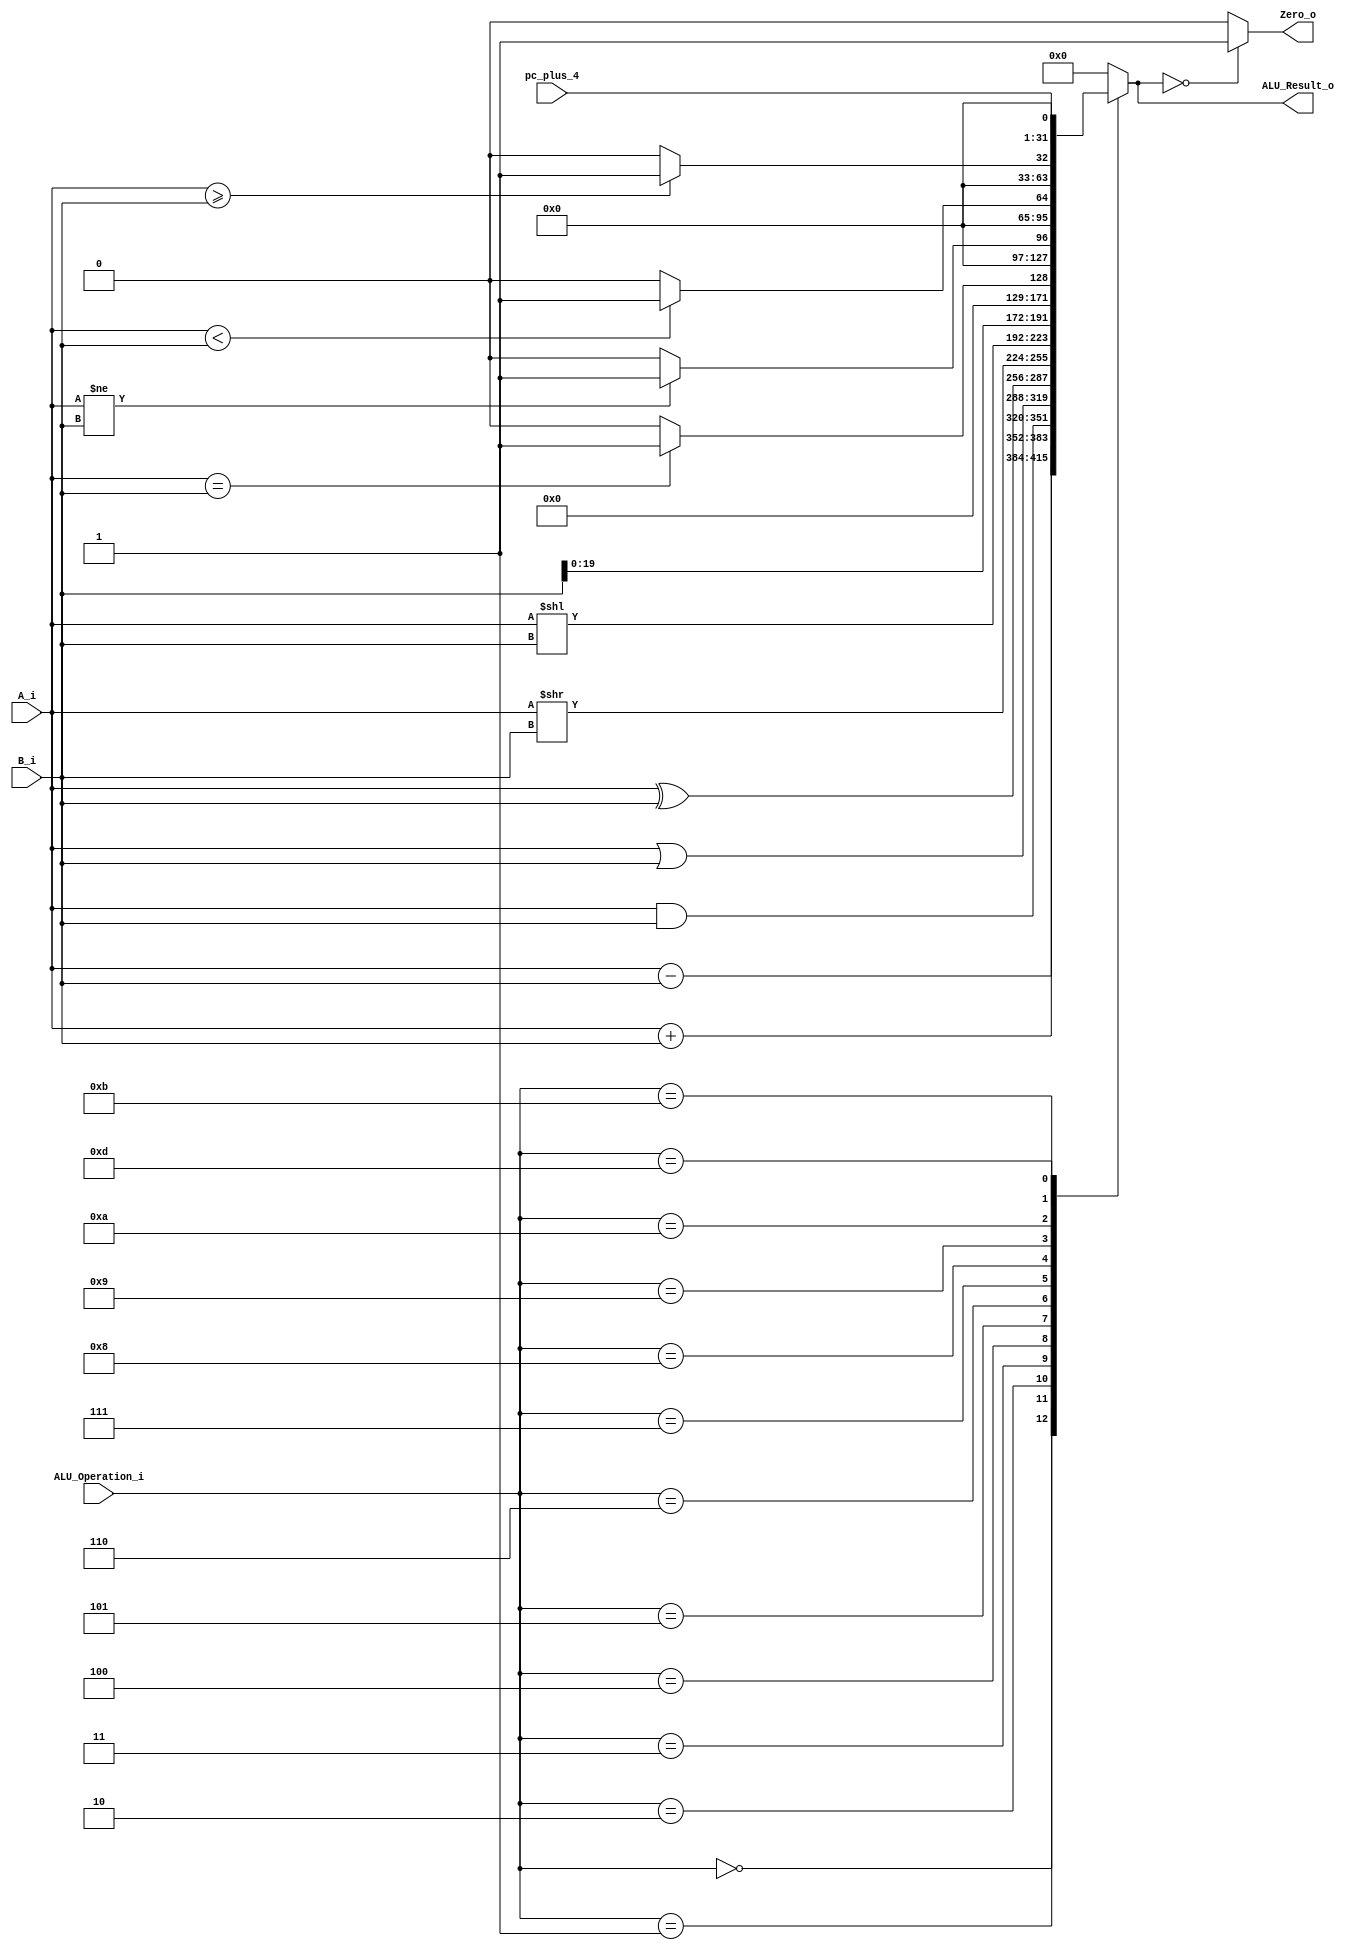
/******************************************************************
* Description
*	This is an 32-bit arithetic logic unit that can execute the next set of operations:
*		add

* This ALU is written by using behavioral description.
* Version:
*	1.0
* Author:
*	Dr. Jos Luis Pizano Escalante
* email:
*	luispizano@iteso.mx
* Date:
*	16/08/2021
******************************************************************/

module ALU 
(
	input [3:0] ALU_Operation_i,
	input pc_plus_4,
	input signed [31:0] A_i,
	input signed [31:0] B_i,
	output reg Zero_o, 
	output reg [31:0] ALU_Result_o
);

localparam ADD		= 4'b0000;
localparam SUB		= 4'b0001;
localparam AND		= 4'b0010;
localparam OR		= 4'b0011;
localparam XOR		= 4'b0100;
localparam SRL		= 4'b0101;
localparam SLL		= 4'b0110;

localparam LUI		= 4'b0111;

localparam BEQ		= 4'b1000;
localparam BNE		= 4'b1001;
localparam BLT		= 4'b1010;
localparam BGE		= 4'b1011;

localparam JAL		= 4'b1101;
	
always @ (A_i or B_i or ALU_Operation_i)
	begin
		case (ALU_Operation_i)
		
			// ADD, ADDI, SW, LW, JALR, JAL
			ADD:		ALU_Result_o = A_i + B_i;
			SUB:		ALU_Result_o = A_i - B_i;
			AND:		ALU_Result_o = A_i & B_i;
			OR:		ALU_Result_o = A_i | B_i;
			XOR:		ALU_Result_o = A_i ^ B_i;
			SRL:		ALU_Result_o = A_i >> B_i;
			SLL:		ALU_Result_o = A_i << B_i;
			
			//ADDI:		ALU_Result_o = A_i + B_i;
			//ANDI:		ALU_Result_o = A_i & B_i;
			//ORI:		ALU_Result_o = A_i | B_i;
			//XORI:		ALU_Result_o = A_i ^ B_i;			
			//SRLI:		ALU_Result_o = A_i >> B_i;
			//SLLI:		ALU_Result_o = A_i << B_i;
			//LW:		ALU_Result_o = A_i + B_i
			
			LUI:		ALU_Result_o = {B_i[19:0],12'b0};
			
			BEQ:		ALU_Result_o = (A_i == B_i)? 1'b1 : 1'b0;
			BNE:		ALU_Result_o = (A_i != B_i)? 1'b1 : 1'b0;
			BLT:		ALU_Result_o = (A_i <  B_i)? 1'b1 : 1'b0;
			BGE:		ALU_Result_o = (A_i >= B_i)? 1'b1 : 1'b0;
			
			//SW:		ALU_Result_o = 0;
			
			JAL:		ALU_Result_o = pc_plus_4;

			default:	ALU_Result_o = 0;
				
		endcase
		
		Zero_o = (ALU_Result_o == 0) ? 1'b1 : 1'b0;
		
     end // always @ (A or B or control)
	  
endmodule // ALU